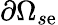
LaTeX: \partial\Omega_{s\mathrm{e}}